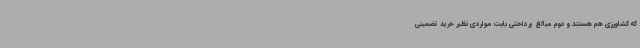
که کشاورزی هم هستند و دوم مبالغ پرداختی بابت مواردی نظیر خرید تضمینی